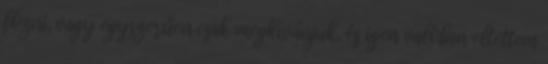
főzni, vagy egyszerűen csak megkívánjuk, és igen valóban eltettem